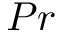
P r